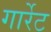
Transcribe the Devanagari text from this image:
गार्रेट